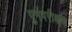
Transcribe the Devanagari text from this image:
पुर्नपरीक्षण